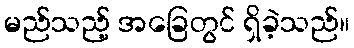
မည်သည့် အခြေတွင် ရှိခဲ့သည်။